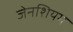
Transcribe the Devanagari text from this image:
जेनशियम